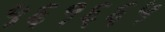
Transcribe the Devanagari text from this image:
५६१६६५